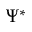
\Psi ^ { * }